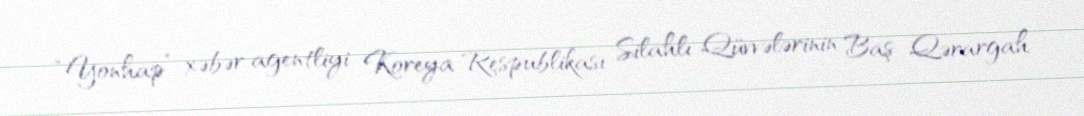
“Yonhap” xəbər agentliyi Koreya Respublikası Silahlı Qüvvələrinin Baş Qərargah